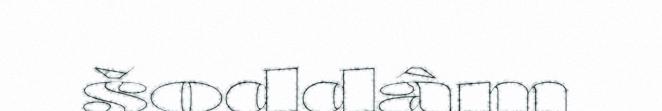
šoddâm